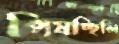
পিষচ্ছিলি